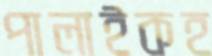
পালাইকহ